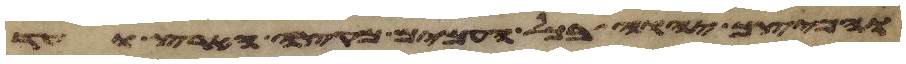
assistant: והפיצך יהוה בכל העמים מקצה הארץ ועד